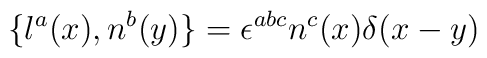
\{ l^{a}(x),n^{b}(y) \} = \epsilon^{abc} n^{c}(x) \delta(x-y)